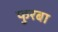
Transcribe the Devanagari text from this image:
फुरबा